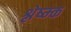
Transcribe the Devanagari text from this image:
श्लेष्म्क